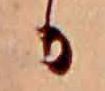
か